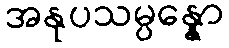
အနုပသမ္ပန္နော